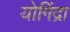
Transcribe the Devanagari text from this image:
योगिंद्रा